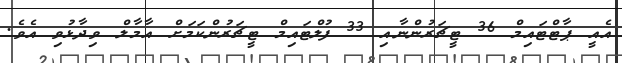
އެއީ ޕާޓްޓައިމް 36 ޓީޗަރުންނާއި 33 ފުލްޓައިމް ޓީޗަރުންކަމަށް އާމާލް ވިދާޅުވި އެވެ.